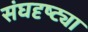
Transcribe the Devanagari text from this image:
संघदृष्ट्या